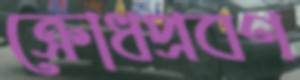
ক্রোধপ্রবণ